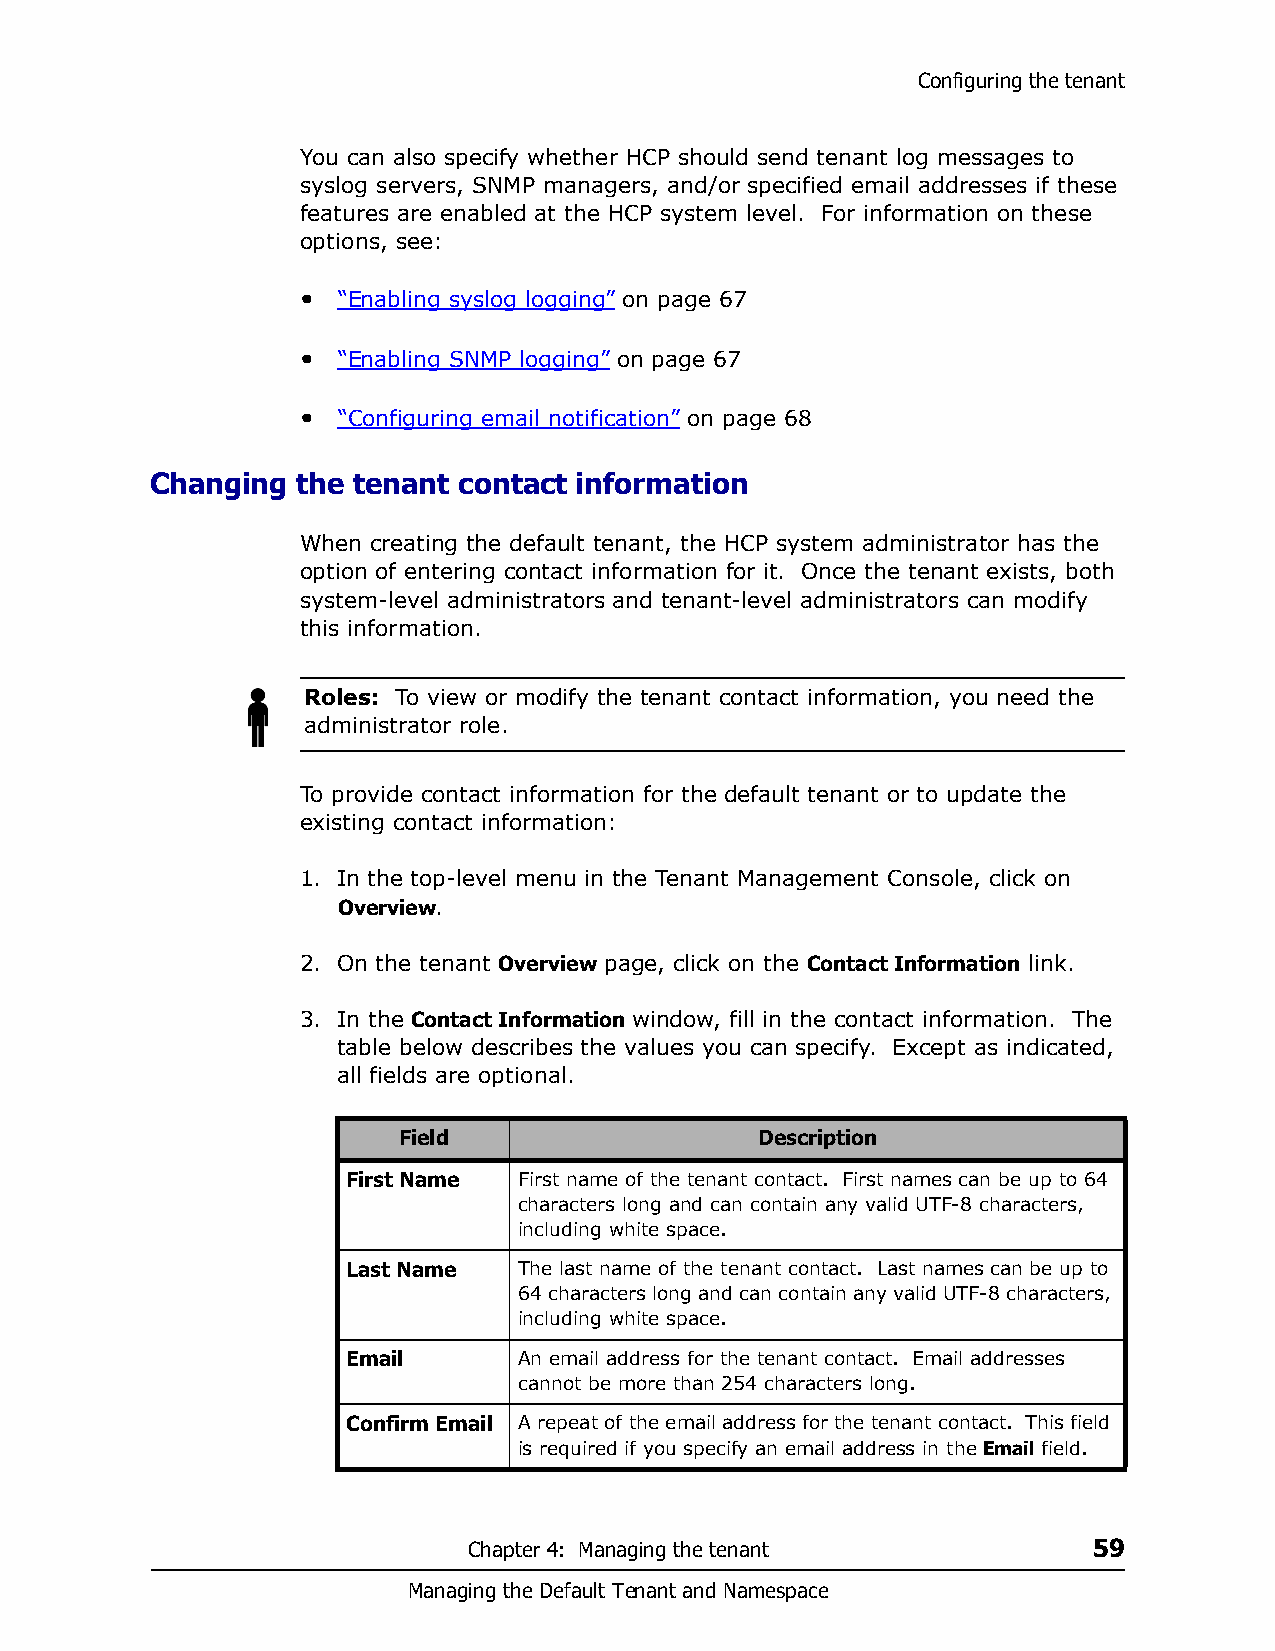
Configuring the tenant
 You can also specify whether HCP should send tenant log messages to
 syslog servers, SNMP managers, and/or specified email addresses if these
 features are enabled at the HCP system level. For information on these
 options, see:
 • “Enabling syslog logging” on page 67
 • “Enabling SNMP logging” on page 67
 • “Configuring email notification” on page 68
 Changing  the tenant contact information
 When creating the default tenant, the HCP system administrator has the
 option of entering contact information for it. Once the tenant exists, both
 system-level administrators and tenant-level administrators can modify
 this information.
 Roles: To view or modify the tenant contact information, you need the
 administrator role.
 To provide contact information for the default tenant or to update the
 existing contact information:
 1. In the top-level menu in the Tenant Management Console, click on
 Overview.
 2. On the tenant Overview page, click on the Contact Information link.
 3. In the Contact Information window, fill in the contact information. The
 table below describes the values you can specify. Except as indicated,
 all fields are optional.
 Field                   Description
 First Name First name of the tenant contact. First names can be up to 64
 characters long and can contain any valid UTF-8 characters,
 including white space.
 Last Name  The last name of the tenant contact. Last names can be up to
 64 characters long and can contain any valid UTF-8 characters,
 including white space.
 Email      An email address for the tenant contact. Email addresses
 cannot be more than 254 characters long.
 Confirm Email A repeat of the email address for the tenant contact. This field
 is required if you specify an email address in the Email field.
 Chapter 4: Managing the tenant           59
 Managing the Default Tenant and Namespace